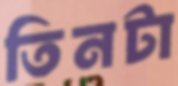
তিনটা